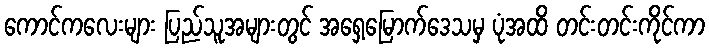
ကောင်ကလေးများ ပြည်သူအများတွင် အရှေ့မြောက်ဒေသမှ ပုံအထိ တင်းတင်းကိုင်ကာ